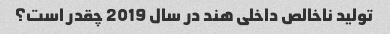
تولید ناخالص داخلی هند در سال 2019 چقدر است؟